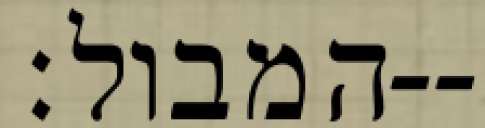
המבול׃--